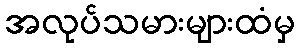
အလုပ်သမားများထံမှ